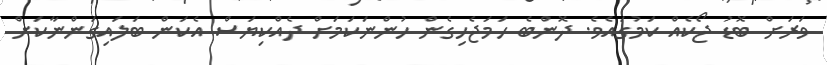
ވަރަށް ބޮޑު ޖޯކެއް ކަމުގައެވެ. ދޮންބެ ހަމަޖެހިގެން ހުންނަކަމަށް ދެއްކިޔަސް އެކަން ބަލައިގަންނާކަށް